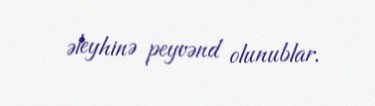
əleyhinə peyvənd olunublar.